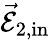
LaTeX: \vec{\mathcal{E}}_{2,\mathrm{in}}